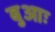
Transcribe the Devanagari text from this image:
बुआः